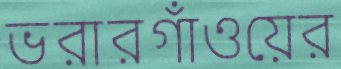
ভরারগাঁওয়ের